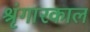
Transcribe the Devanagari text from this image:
श्रृंगारकाल